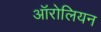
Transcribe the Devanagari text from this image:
ऑरोलियन